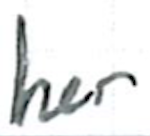
Text: her
Cross-out: clean
Writing tool: ballpoint